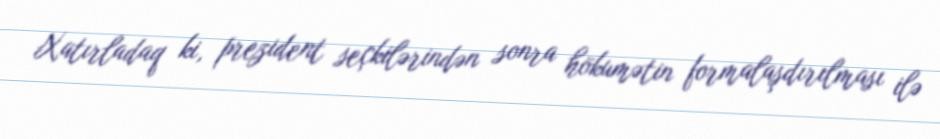
Xatırladaq ki, prezident seçkilərindən sonra hökumətin formalaşdırılması ilə